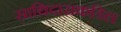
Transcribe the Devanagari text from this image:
साथिदाराकडिल